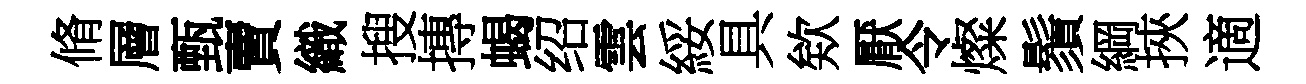
脩層甄賣織搜摶蝎绍雲綏具欸厭令燦鬚綱挾適